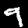
Label: 9